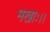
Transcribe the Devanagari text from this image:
मखाः।।